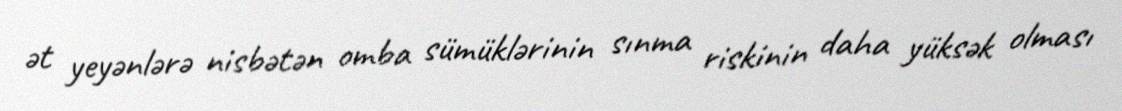
ət yeyənlərə nisbətən omba sümüklərinin sınma riskinin daha yüksək olması